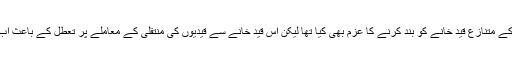
صدر اوباما نے گوانتاناموبے کے متنازع قید خانے کو بند کرنے کا عزم بھی کیا تھا لیکن اس قید خانے سے قیدیوں کی منتقلی کے معاملے پر تعطل کے باعث اب تک یہ ممکن نہیں ہوسکا ہے۔